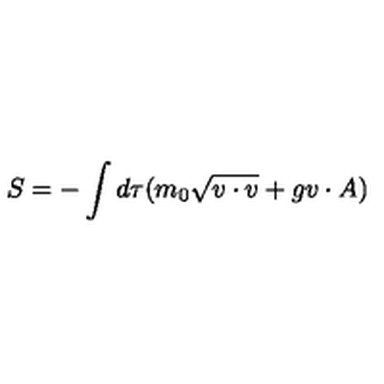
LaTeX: S = - \int d \tau ( m _ { 0 } \sqrt { v \cdot v } + g v \cdot A )